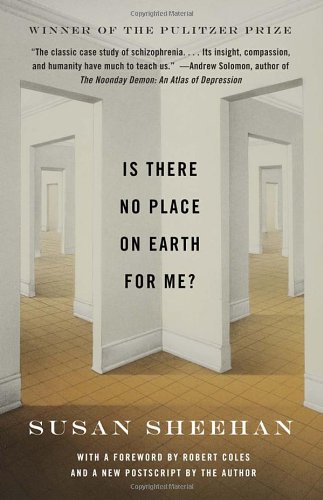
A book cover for Is There No Place on Earth for Me?; Susan Sheehan; Health, Fitness & Dieting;